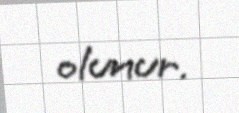
olunur.